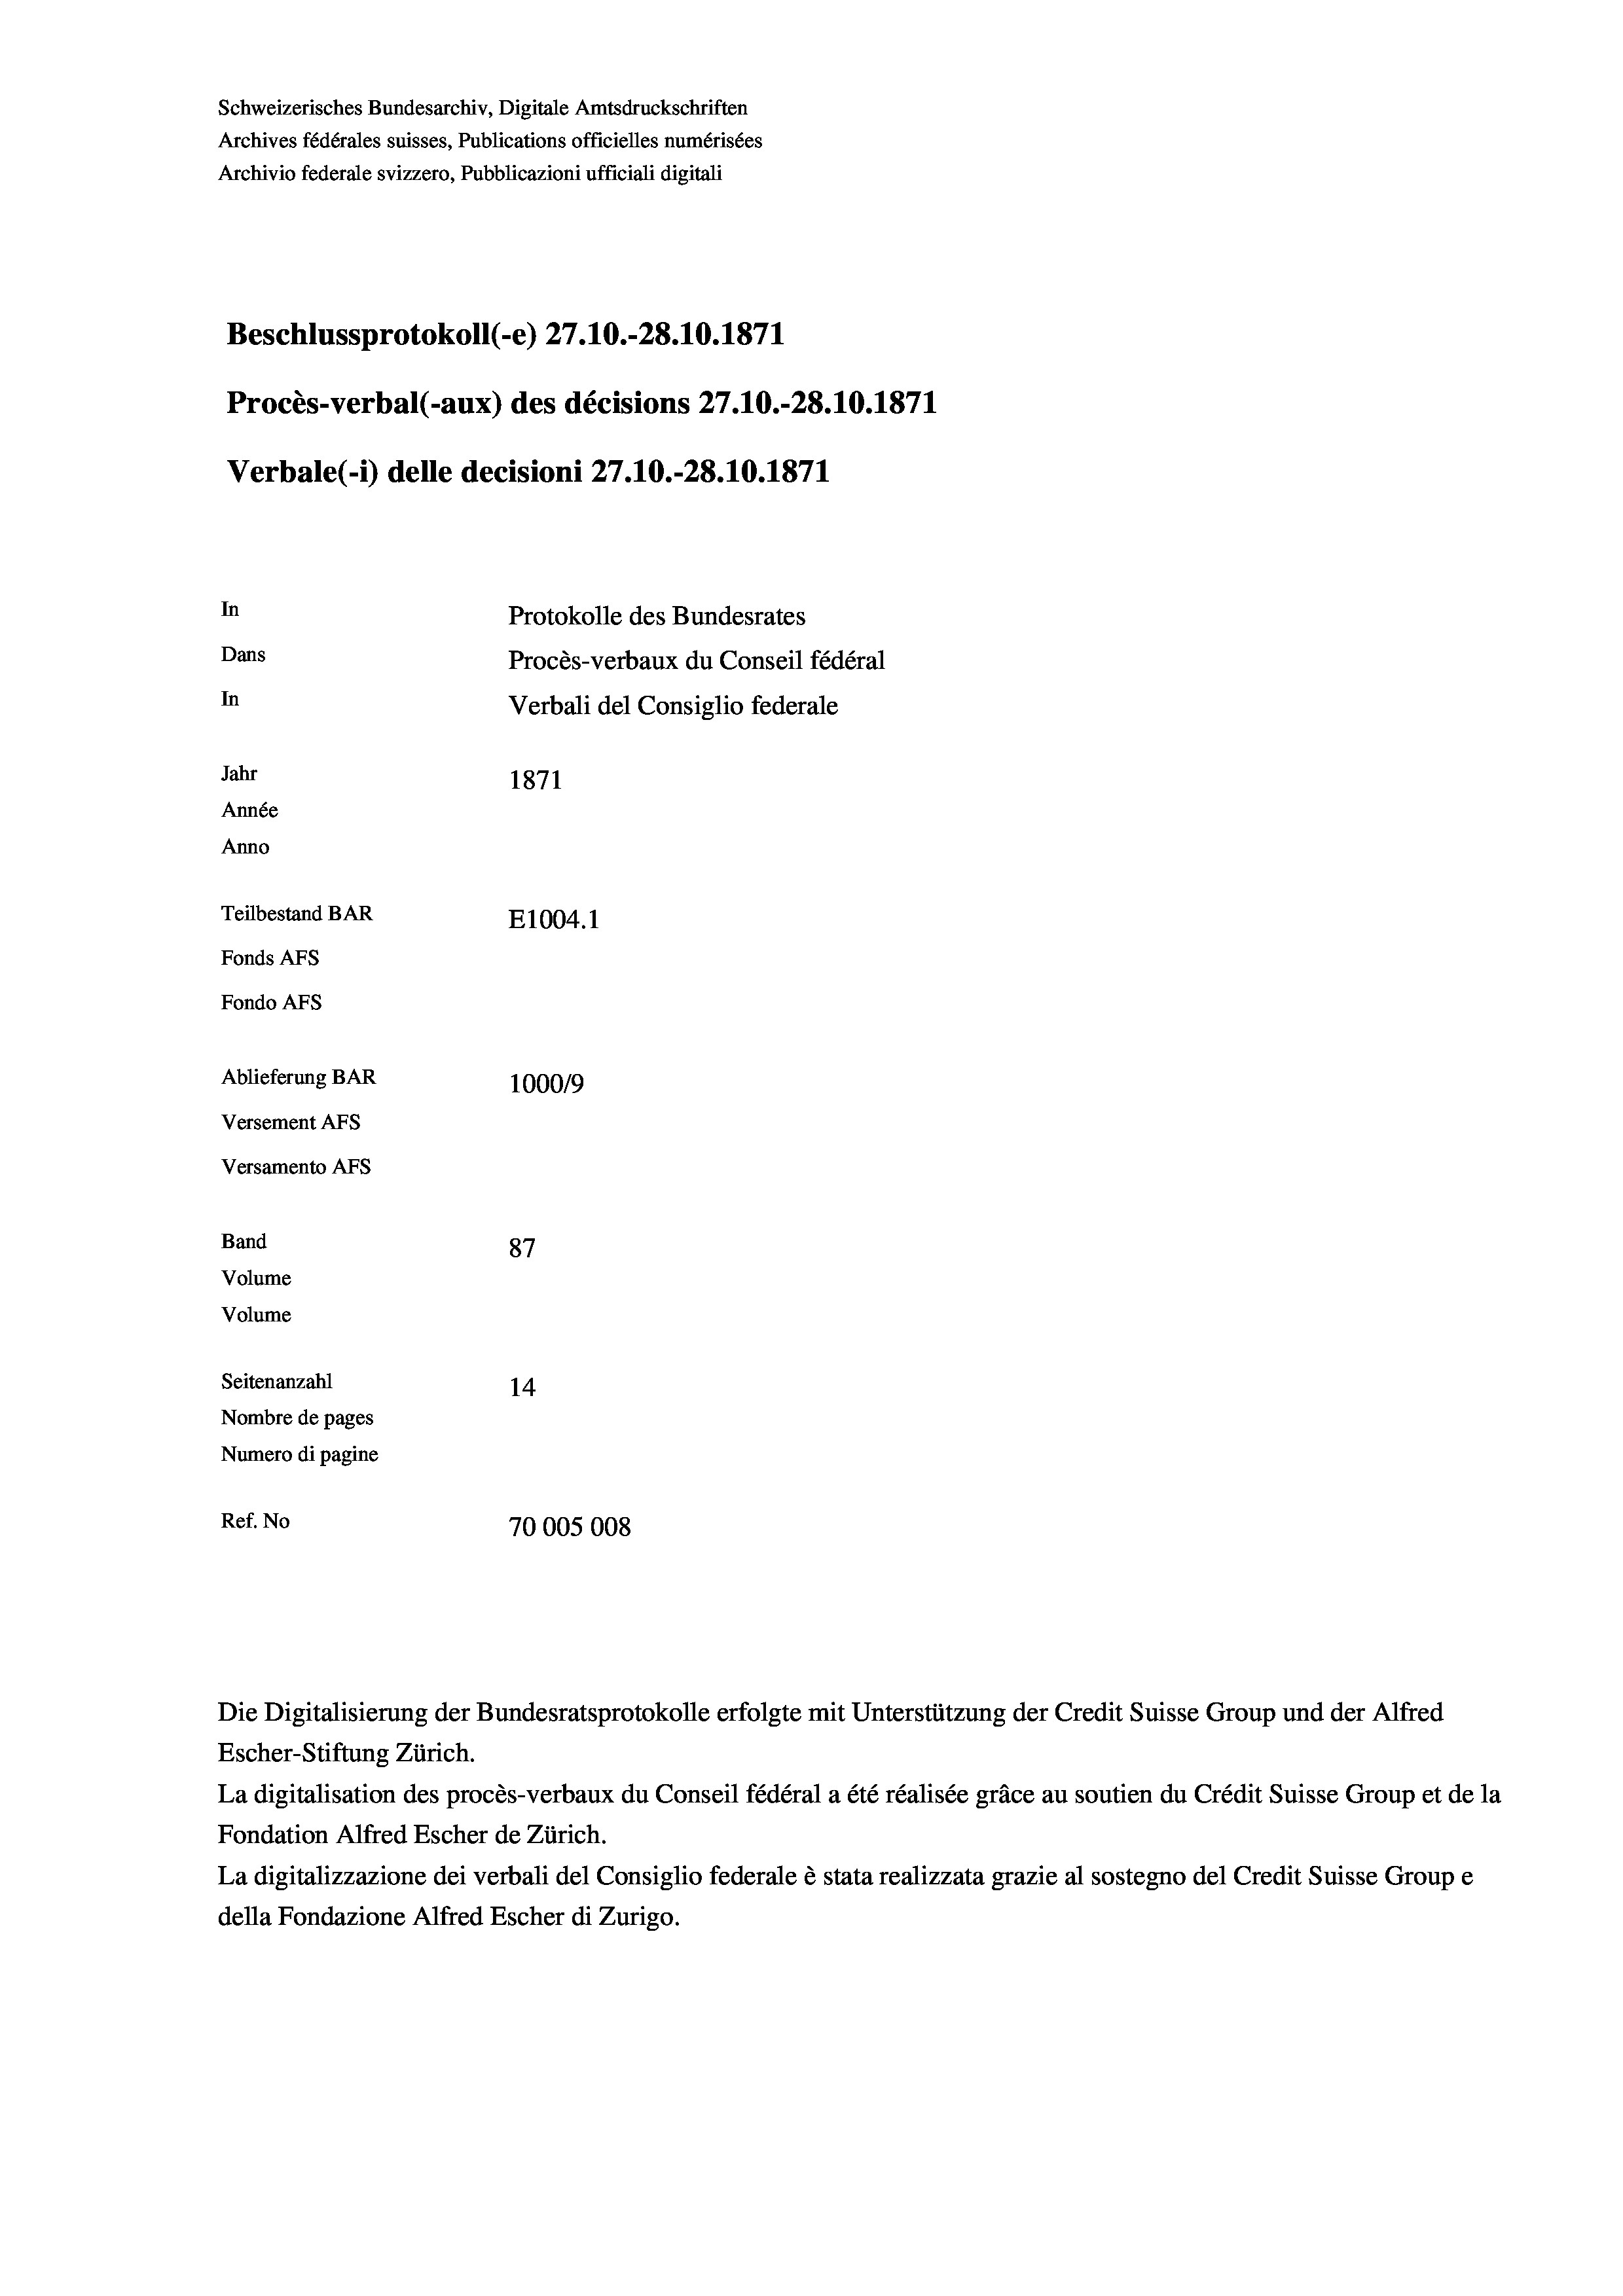
Schweizerisches Bundesarchiv, Digitale Amtsdruckschriften
Archives fédérales suisses, Publications officielles numérisées
Archivio federale svizzero, Pubblicazioni ufficiali digitali
Beschlussprotokoll (-e) 27.10.-28.10.1871
Procès-verbal (-aux) des décisions 27.10.-28.10.1871
Verbale (- 1) delle decisioni 27.10.-28.10.1871
In
Protokolle des Bundesrates
Dans
Procès-verbaux du Conseil fédéral
In
Verbali del Consiglio federale
Jahr
1871
Année
Anno
Teilbestand BAR
E1004. 1
Fonds AFs
Fondo Afs
Ablieferung BAR
100019
Versement AFs
Versamento Afs

87
Seitenanzahl
14
Nombre de pages
Numero di pagine
Ref. No
70005008

Band
Volume

Volume

Die Digitalisierung der Bundesratsprotokolle erfolgte mit Unterstützung der Credit Suisse Group und der Alfred
Escher-Stiftung Zürich.
La digitalisation des procès-verbaux du Conseil fédéral a été réalisée gräce au soutien du Crédit Suisse Group et de la
Fondation Alfred Escher de Zürich.
La digitalizzazione dei verbali del Consiglio federale è stata realizzata grazie al sostegno del Credit Suisse Groupe
della Fondazione Alfred Escher di Zurigo.